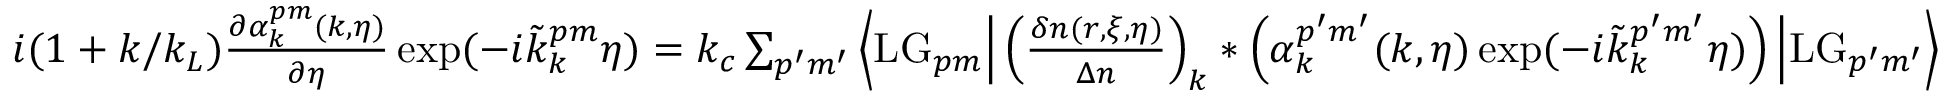
\begin{array} { r l } & { i ( 1 + k / k _ { L } ) \frac { \partial \alpha _ { k } ^ { p m } ( k , \eta ) } { \partial \eta } \exp ( - i \tilde { k } _ { k } ^ { p m } \eta ) = k _ { c } \sum _ { p ^ { \prime } m ^ { \prime } } \Big \langle \mathrm { L G } _ { p m } \Big | \left( \frac { \delta n ( r , \xi , \eta ) } { \Delta n } \right) _ { k } \ast \left( \alpha _ { k } ^ { p ^ { \prime } m ^ { \prime } } ( k , \eta ) \exp ( - i \tilde { k } _ { k } ^ { p ^ { \prime } m ^ { \prime } } \eta ) \right) \Big | \mathrm { L G } _ { p ^ { \prime } m ^ { \prime } } \Big \rangle } \end{array}